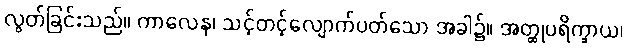
လွတ်ခြင်းသည်။ ကာလေန၊ သင့်တင့်လျောက်ပတ်သော အခါ၌။ အတ္ထုပရိက္ခာယ၊